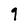
Character: 9